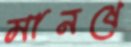
মানষে